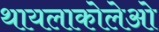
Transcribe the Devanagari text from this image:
थायलाकोलेओ